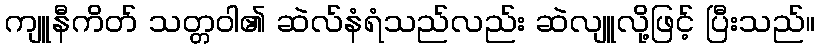
ကျူနီကိတ် သတ္တဝါ၏ ဆဲလ်နံရံသည်လည်း ဆဲလျူလို့ဖြင့် ပြီးသည်။